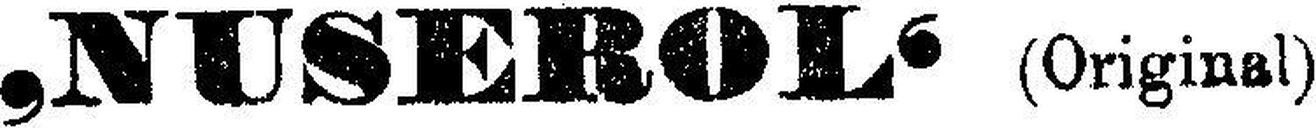
‚NUSEROL‘ (Original)